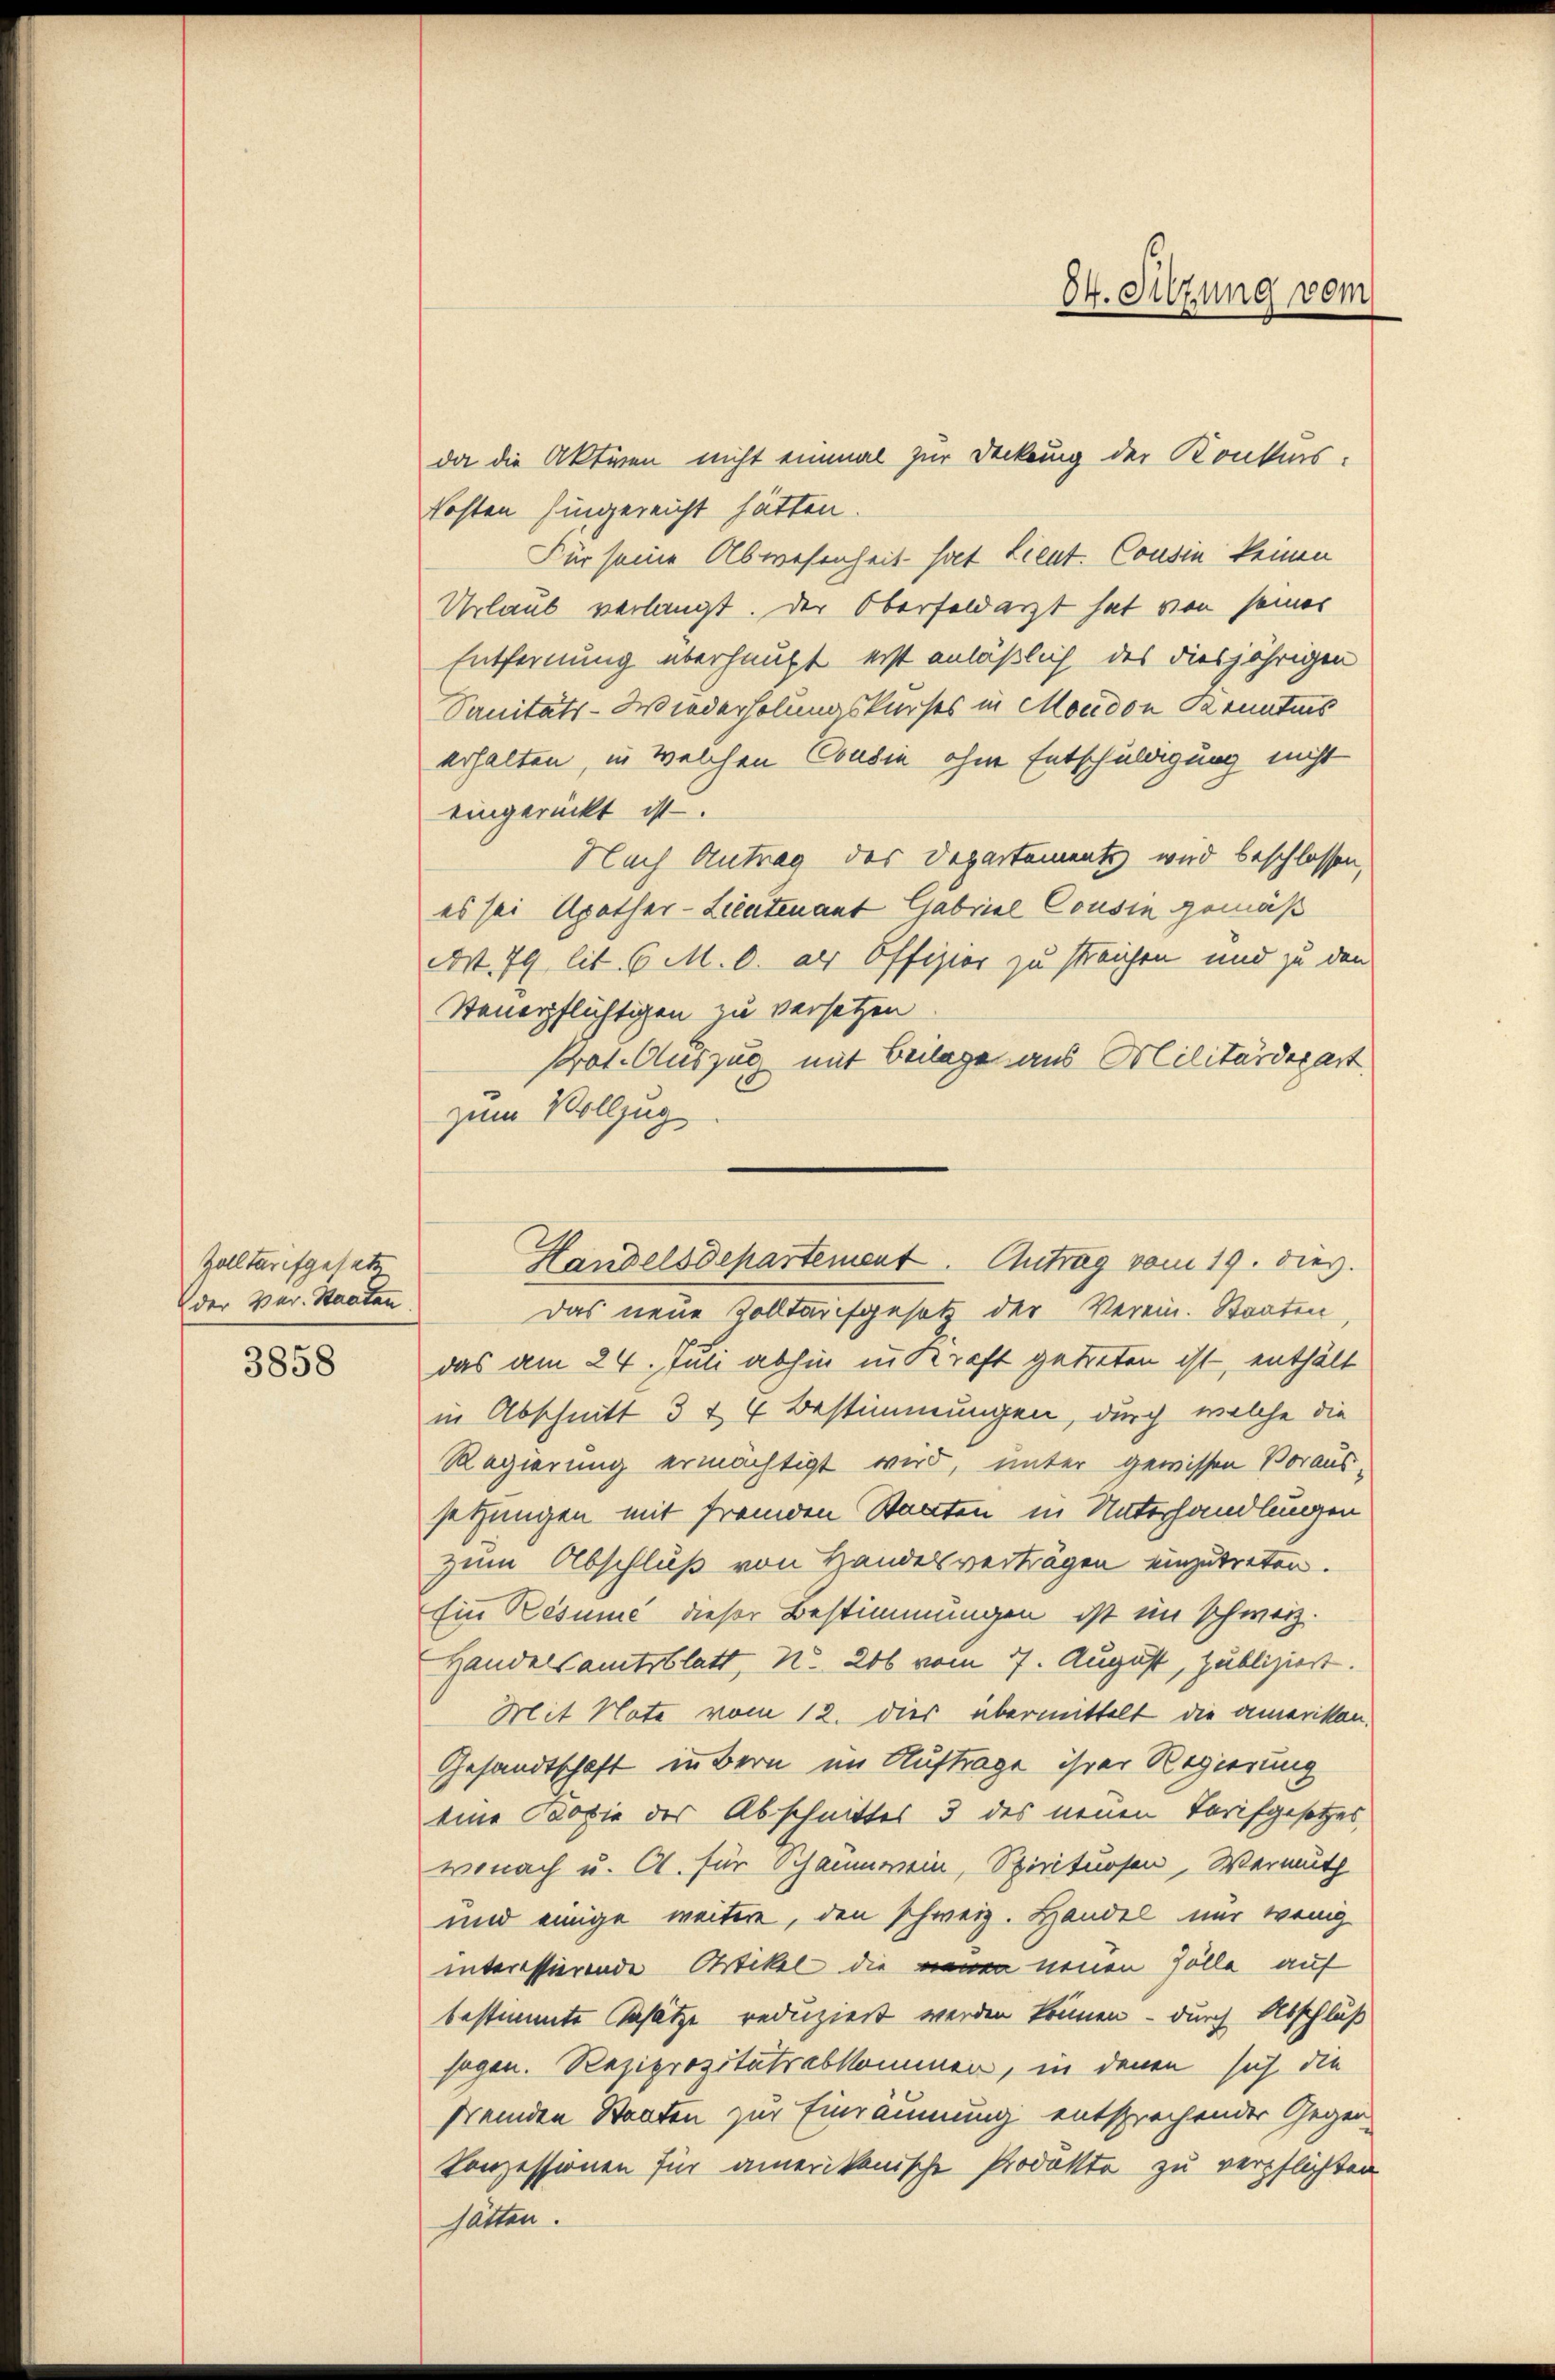
Zolltarifgesetz
der Ver- Staaten
3858

84. Sitzung vom

da die Aktiven nicht einmal zur Deckung der Konkurs-
Kosten hingereicht hätten.
Für seine Abwesenheit hat Lieut. Cousin keinen
Urlaub verlangt. Der Oberfeldarzt hat von seines
Entfernung überhaupt erst anläßlich des diesjährigen
Sanitäts-Wiederholungskurses in Moudon Kenntnis
erhalten, in welchen Condin ohne Entschuldigung nicht
eingerückt ist.
Nach Antrag des Departements wird beschlossen,
es sei Upother-Lieutenant Gabriel Cousin gemäß
W. 79 lit. 6. M. 0. als Offizier zu streichen und zu den
Steuerpflichtigen zu versetzen
Prot. Auszug mit Beilage aus Militärdepart
zum Vollzug
Das neue Zolltarifgesetz der Verein. Staaten
das am 24. Juni abhin in Kraft getreten ist, enthält
in Abschnitt 3 & 4 Bestimmungen, durch welche die
Regierung ermächtigt wird, unter gewissen Voraussetzungen mit fremden Stanten in Unterhandlungen
zum Abschluß von Handelsverträgen einzutreten.
Ein Besunić dieser Bestimmungen ist im schweiz.
Handelsamtsblatt, No. 206 vom 7. August, publiziert.
Mit Note vom 12. dies übermittelt die ameristan
Gesandtschaft in Bern im Auftrage ihrer Regierung
eine Copie des Abschnittes 3 des neuen Torfgesetzes,
wonach u. Cl. für Schaumwein, Spirituosen, Wermuth
und einige weitere, den schweiz. Handel nur wenig
interessierende Artikel die neuen neuen Zölle auf
bestimmte Schätze reduziert werden können – durch Abschluß
sagen. Reziprozitätsabkommen, in denen sich die
fremden Staaten zur Einräumung entsprechender Gegen-
Conzessionen für amerikanische Produkte zu verpflichten
hätten.

Handelsdepartement. Antrag vom 19. dies